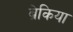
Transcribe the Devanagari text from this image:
ब्रेकिया